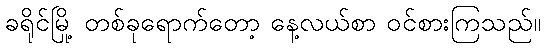
ခရိုင်မြို့ တစ်ခုရောက်တော့ နေ့လယ်စာ ဝင်စားကြသည်။